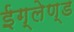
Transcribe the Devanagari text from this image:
ईग्‍लेण्‍ड